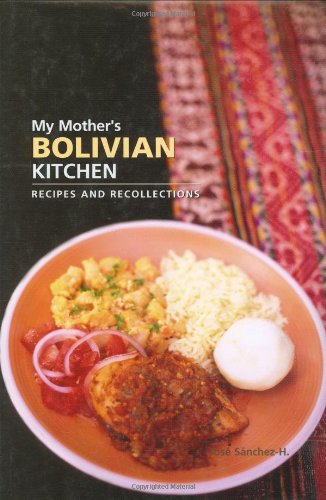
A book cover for My Mother's Bolivian Kitchen: Recipes and Recollections (Hippocrene Cookbook Library); Jose Sanchez-H.; Cookbooks, Food & Wine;